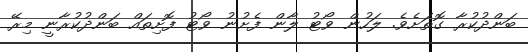
ބަންދުކުރާ ގޮތަށެވެ. ލަހުން ވޯޓު ލާން ފެށުނު ވޯޓު ފޮށިތައް ބަންދުކުރާނީ މިރޭ